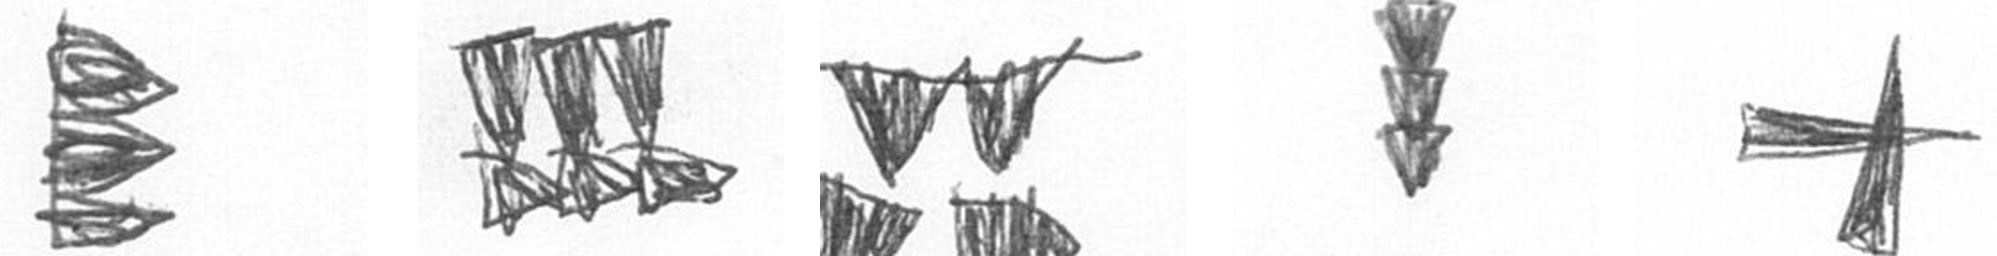
H D B E G